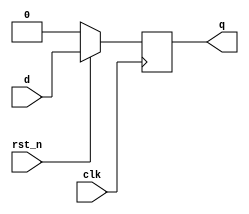
// This program was cloned from: https://github.com/RomeoMe5/DDLM
// License: MIT License

module dff_sync_rst_n
(
    input       clk,
    input       rst_n,
    input       d,
    output  reg q
);

    always @ (posedge clk)
        if (!rst_n)
            q <= 0;
        else
            q <= d;
 
endmodule